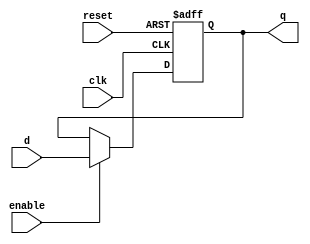
`timescale 1ns / 1ps
//////////////////////////////////////////////////////////////////////////////////
// Company: 
// Engineer: 
// 
// Design Name: 
// Module Name: flopenr
// Project Name: 
// Target Devices: 
// Tool Versions: 
// Description: 
// 
// Dependencies: 
// 
// Revision:
// Revision 0.01 - File Created
// Additional Comments:
// 
//////////////////////////////////////////////////////////////////////////////////


module flopenr #(parameter WIDTH=32)
              (input clk,reset,enable,
               input [WIDTH-1:0] d,
               output reg [WIDTH-1:0] q);
   
    always @(posedge clk,posedge reset)
    begin
    if(reset) q<=0;
    else if(enable) q<=d;
    end
endmodule